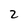
Character: 2